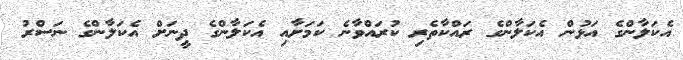
އެކަލާންގެ އަޅުން އެކަލާންގެ ރައްކާތެރި ކުރައްވާނެ ކަމަށާއި އެކަލާންގެ ދީނަށް އެކަލާންގެ ނަސްރު